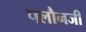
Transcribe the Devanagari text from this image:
पलौनजी